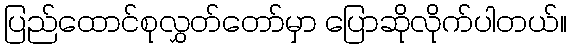
ပြည်ထောင်စုလွှတ်တော်မှာ ပြောဆိုလိုက်ပါတယ်။